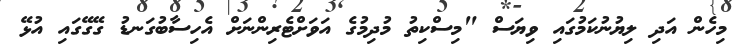
މިހެން އަދި ލިޔުނުކަމުގައި ވިޔަސް "މިސްކިތު މުދިމުގެ އަވަށްޓެރިންނަށް އެހިސާބުގަނޑު ގޭގޭގައި އުޅޭ